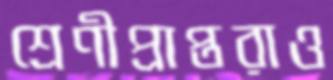
শ্রেণীপ্রাপ্তরাও